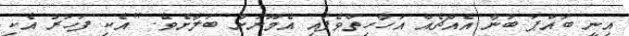
އިނީ ބައްޕަ ބުނާ އެއްޗެއް އަހާހިތްވެފައި އެމޫނަށް ބަލާށެވެ. "އެކި ފަހަރު އެކި